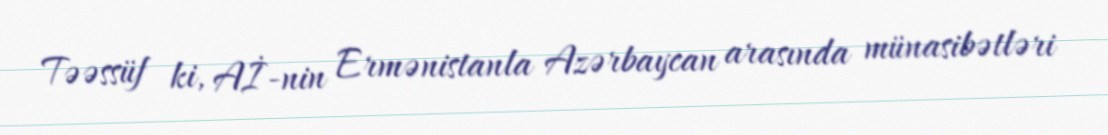
Təəssüf ki, Aİ-nin Ermənistanla Azərbaycan arasında münasibətləri